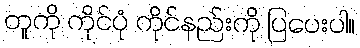
တူကို ကိုင်ပုံ ကိုင်နည်းကို ပြပေးပါ။